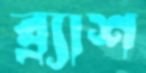
ব্র্যাশ